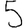
Digit: 5